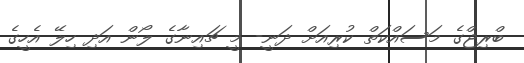
ބްރިޖްގެ މަސައްކަތް ކުރިއަށް ދަނީ- މީ ޗައިނާގެ ލޯން އަދި ހިލޭ އެހީގެ